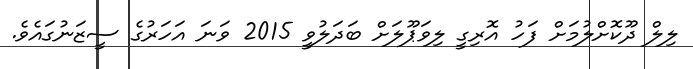
ލިލް ދޫކޮށްލުމަށް ފަހު އޮރިގީ ލިވަޕޫލަށް ބަދަލުވީ 2015 ވަނަ އަހަރުގެ ސީޒަނުގައެވެ.